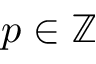
p \in \mathbb Z